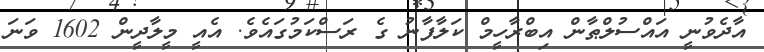
އާދެވުނީ އައްސުލްޠާން އިބްރާހީމް ކަލާފާނު ގެ ރަސްކަމުގައެވެ. އެއީ މީލާދީން 1602 ވަނަ